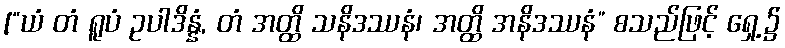
[“ယံ တံ ရူပံ ဥပါဒိန္နံ, တံ အတ္ထိ သနိဒဿနံ၊ အတ္ထိ အနိဒဿနံ” စသည်ဖြင့် ရှေ့၌